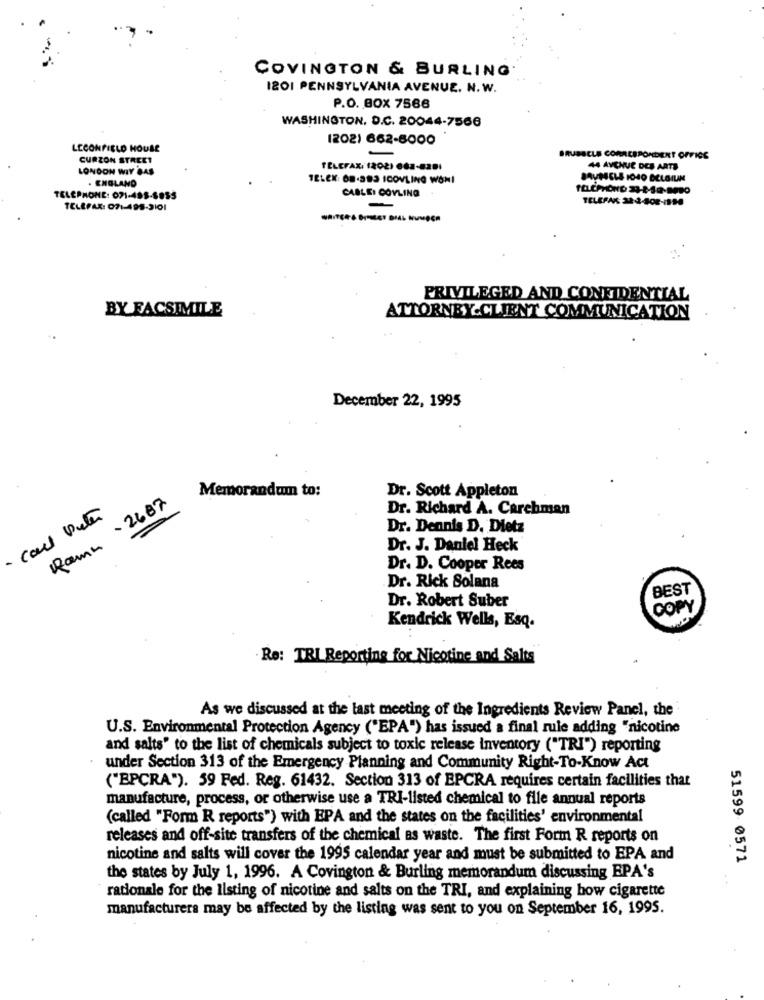
COVINGTON & BURLING.
I201 PENNSYLVANIA AVENUE. N. W.
P.O. BOX 7566
WASHINGTON, D.C. 20044-7566
1202) 662-8000
LECONFIELD HOUSE
CURZON STREET
BRUSSELS CORRESPONDENT OFFICE
LONDON WIY BAS
TELEFAX: (202) 662-8201
44 AVENUE DES ARTS
. ENGLAND
TELEK: O8.383 ICOVLING WANI
CABLE: COYLING
TELEPHONE: 071-485-8855
TELEFAX: 32:4-408-1150
TELEFAX: 071-495-3101
-
PRIVILEGED AND CONFIDENTIAL
BY FACSIMILE
ATTORNEY-CLIENT COMMUNICATION
December 22, 1995
Dr. Scott Appleton
Ramm -2687
Memorandum to:
Dr. Richard A. Carchman
Dr. Dennis D. Dietz
Dr. J. Daniel Heck
Dr. D. Cooper Rees
Dr. Rick Solana
BEST
Dr. Robert Suber
COPY
Kendrick Wells, Esq.
Re: TRI Reporting for Nicotine and Salts
As we discussed at the last meeting of the Ingredients Review Panel, the
U.S. Environmental Protection Agency ("EPA") has issued a final rule adding "nicotine
and salts' to the list of chemicals subject to toxic release inventory ("TRI") reporting
under Section 313 of the Emergency Planning and Community Right-To-Know Act
("EPCRA"). 59 Fed. Reg. 61432. Section 313 of EPCRA requires certain facilities that
manufacture, process, or otherwise use a TRI-listed chemical to file annual reports
(called "Form R reports") with EPA and the states on the facilities' environmental
releases and off-site transfers of the chemical as waste. The first Form R reports on
nicotine and salts will cover the 1995 calendar year and must be submitted to EPA and
51599 0571
the states by July 1, 1996. A Covington & Burling memorandum discussing EPA's
rationale for the listing of nicotine and salts on the TRI, and explaining how cigarette
manufacturers may be affected by the listing was sent to you on September 16, 1995.